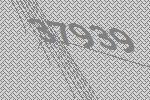
37939